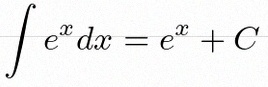
\int e^x dx=e^x+C